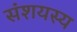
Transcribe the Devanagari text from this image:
संशयस्य